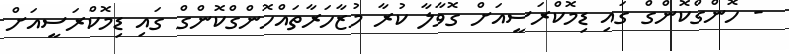
- ހޮންގްކޮންގް ގައި ޑިމޮކްރަސީއަށް ގޮވާލާ ކުރާ މުޒާހަރާތައްހޮންގްކޮންގް ގައި ޑިމޮކްރަސީއަށް